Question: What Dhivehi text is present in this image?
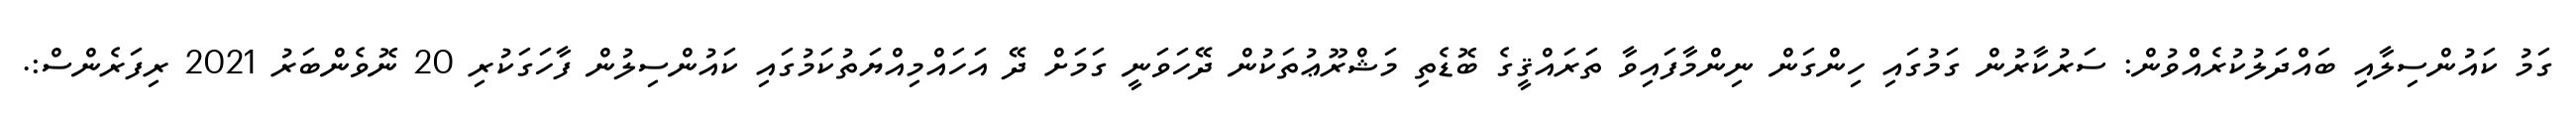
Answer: ގަމު ކައުންސިލާއި ބައްދަލުކުރެއްވުން: ސަރުކާރުން ގަމުގައި ހިންގަން ނިންމާފައިވާ ތަރައްޤީގެ ބޮޑެތި މަޝްރޫޢުތަކުން ދޭހަވަނީ ގަމަށް ދޭ އަހައްމިއްޔަތުކަމުގައި ކައުންސިލުން ފާހަގަކުރި 20 ނޮވެންބަރު 2021 ރިފަރެންސް:.